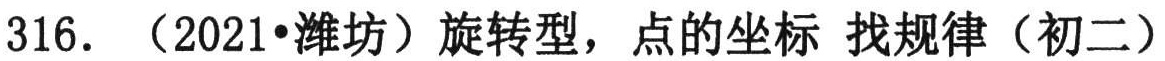
316. （2021•潍坊）旋转型，点的坐标 找规律（初二）